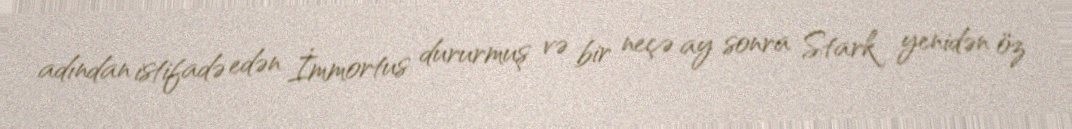
adından istifadə edən İmmortus dururmuş və bir neçə ay sonra Stark yenidən öz